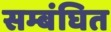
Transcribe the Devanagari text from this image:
सम्बंघित